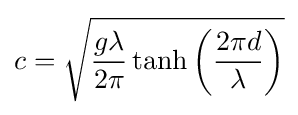
c={\sqrt {{\frac {g\lambda }{2\pi }}\tanh \left({\frac {2\pi d}{\lambda }}\right)}}